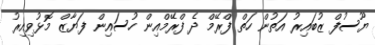
ޔޫސުފް ޒުބައިރު އަތުން ހަތް ފްރޭމް ދެ ފްރޭމްއިން ހުސައިން ފަޔާޒް މޮޅުވިއިރު